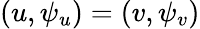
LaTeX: (u,\psi_{u})=(v,\psi_{v})